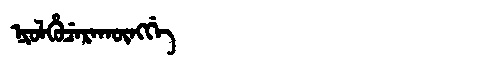
Manchu: ᠨᡳᠣᠯᡥᡠᠴᡝᡵᠠᡴᡡᠩᡤᡝ
Romanization: NIOLHUCERAKŪNGGE